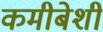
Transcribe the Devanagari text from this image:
कमीबेशी